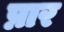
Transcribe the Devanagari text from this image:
प्नार